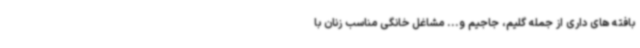
بافته های داری از جمله گلیم، جاجیم و... مشاغل خانگی مناسب زنان با